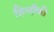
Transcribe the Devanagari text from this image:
हिन्दीकी